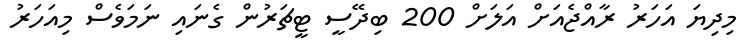
މިދިޔަ އަހަރު ރާއްޖެއަށް އަލަށް 200 ބިދޭސީ ޓީޗަރުން ގެނައި ނަމަވެސް މިއަހަރު